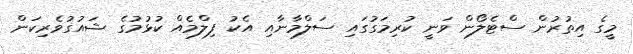
މީގެ އިތުރުން ސްޓެލޯން ވަނީ ކުރިމަގުގައި ސަލްމާނާއި އެކު ފިލްމެއް ކުޅުމުގެ ޝައުގުވެރިކަން